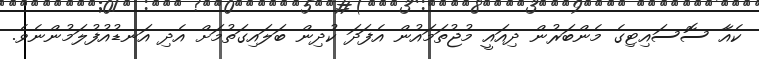
ކެއާ ސޮސައިޓިގެ މެންބަރުން ދިއައީ މުޖުތަމައުން އެފަދަ ކުދިން ބަލައިގަތުމަށް އެދި އަނޑުއުފުލަމުންނެވެ.